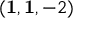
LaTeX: ( \mathbf { 1 } , \mathbf { 1 } , - 2 )